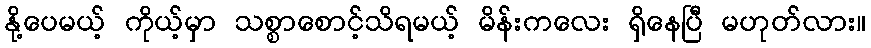
နို့ပေမယ့် ကိုယ့်မှာ သစ္စာစောင့်သိရမယ့် မိန်းကလေး ရှိနေပြီ မဟုတ်လား။